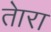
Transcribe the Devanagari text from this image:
तेारा